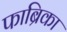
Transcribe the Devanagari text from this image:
फाब्रिका